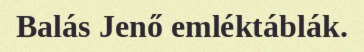
Balás Jenő emléktáblák.